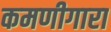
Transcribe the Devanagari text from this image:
कमणीगारा